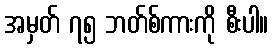
အမှတ် ၇၅ ဘတ်စ်ကားကို စီးပါ။